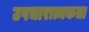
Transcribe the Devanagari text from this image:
उपचारात्मकता